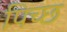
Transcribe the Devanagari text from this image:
पिच्छ